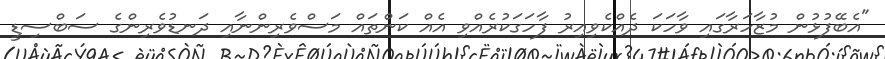
"އެބޭފުޅުން މުޒާހަރާގައި ވާހަކަ ދެއްކެވިއިރު ފާހަގަކުރެއްވި އެއް ކަންތައް މަސްވެރިންނާއި ދަނޑުވެރިންގެ ސަބްސިޑީ